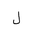
Letter: _lam